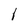
Character: l